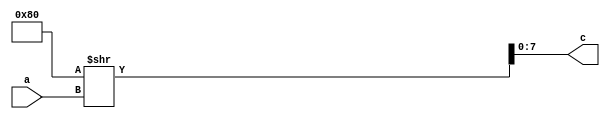
module decoder(a,c);
               input [2:0]a;
               output [7:0]c;
               assign c=128 >> a;
endmodule // decoder